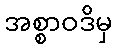
အစ္စာဝဒိမှ